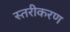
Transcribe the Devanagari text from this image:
स्‍तरीकरण